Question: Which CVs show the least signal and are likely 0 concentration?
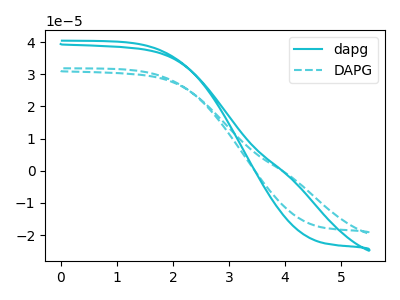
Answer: <think>The cyan curve "dapg" has no peaks. The cyan dashed curve "DAPG" has no peaks.</think>
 <answer>"dapg" and "DAPG" are likely to be blanks.</answer>
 <eval>"dapg", "DAPG"</eval>